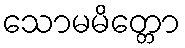
သောမမိတ္တော